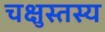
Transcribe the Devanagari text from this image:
चक्षुस्तस्य